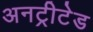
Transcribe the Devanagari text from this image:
अनट्रीटेड